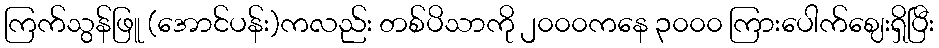
ကြက်သွန်ဖြူ (အောင်ပန်း)ကလည်း တစ်ပိသာကို ၂၀၀၀ကနေ ၃၀၀၀ ကြားပေါက်ဈေးရှိပြီး